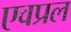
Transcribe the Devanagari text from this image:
एवप्रल